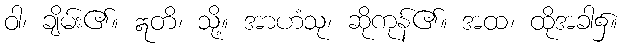
ဝါ၊ ချိမ်း၏။ ဣတိ၊ သို့။ အာဟံသု၊ ဆိုကုန်၏။ အထ၊ ထိုအခါ၌။